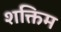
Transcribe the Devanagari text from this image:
शक्तिम